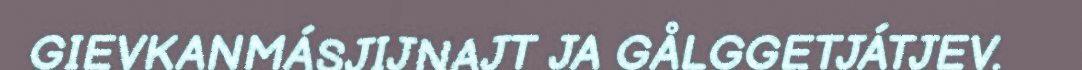
GIEVKANMÁSJIJNAJT JA GÅLGGETJÁTJEV.